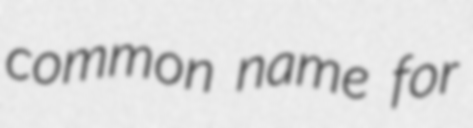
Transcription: common name for